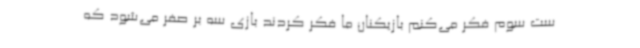
ست سوم فکر می‌کنم بازیکنان ما فکر کردند بازی سه بر صفر می‌شود که‌